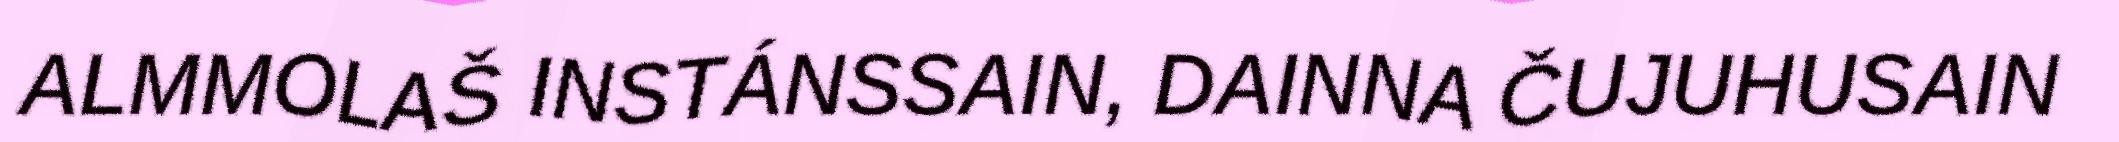
ALMMOLAŠ INSTÁNSSAIN, DAINNA ČUJUHUSAIN